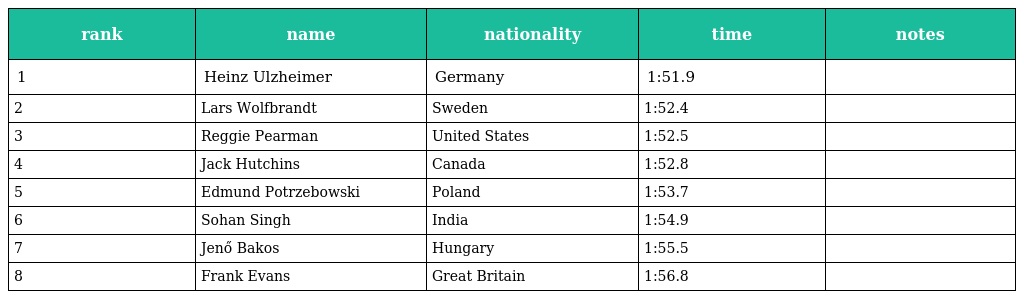
| rank | name | nationality | time | notes |
 | --- | --- | --- | --- | --- |
 | 1 | Heinz Ulzheimer | Germany | 1:51.9 |  |
 | 2 | Lars Wolfbrandt | Sweden | 1:52.4 |  |
 | 3 | Reggie Pearman | United States | 1:52.5 |  |
 | 4 | Jack Hutchins | Canada | 1:52.8 |  |
 | 5 | Edmund Potrzebowski | Poland | 1:53.7 |  |
 | 6 | Sohan Singh | India | 1:54.9 |  |
 | 7 | Jenő Bakos | Hungary | 1:55.5 |  |
 | 8 | Frank Evans | Great Britain | 1:56.8 |  |